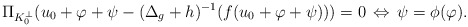
\begin{align*}\Pi_{K_0^\perp}(u_0+\varphi+\psi-(\Delta_g+h)^{-1}(f(u_0+\varphi+\psi)))=0\,\Leftrightarrow \, \psi=\phi(\varphi).\end{align*}